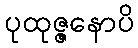
ပုထုဇ္ဇနောပိ